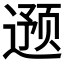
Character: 𮷦